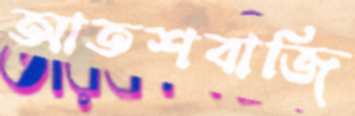
আতশবাজি